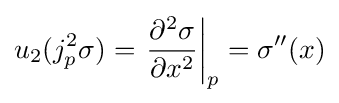
u_{2}(j_{p}^{2}\sigma )=\left.{\frac {\partial ^{2}\sigma }{\partial x^{2}}}\right|_{p}=\sigma ''(x)